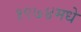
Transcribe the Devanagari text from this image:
१९७४मधे